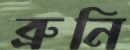
ব্রুনি